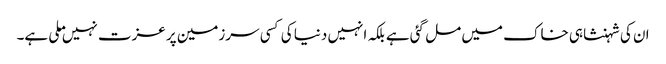
ان کی شہنشاہی خاک میں مل گئی ہے بلکہ انہیں دنیا کی کسی سرزمین پر عزت نہیں ملی ہے۔